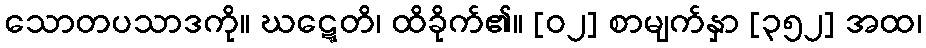
သောတပသာဒကို။ ဃဋ္ဋေတိ၊ ထိခိုက်၏။ [၀၂] စာမျက်နှာ [၃၅၂] အထ၊